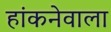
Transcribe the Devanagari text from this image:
हांकनेवाला